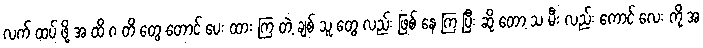
လက် ထပ် ဖို့ အ ထိ ဂ တိ တွေ တောင် ပေး ထား ကြ တဲ့ ချစ် သူ တွေ လည်း ဖြစ် နေ ကြ ပြီး ဆို တော့ သ မီး လည်း ကောင် လေး ကို အ